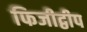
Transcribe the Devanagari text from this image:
फिजीद्वीप